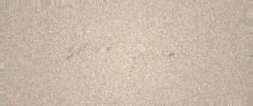
zərurət yaranıb.